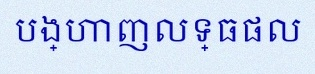
បង្ហាញលទ្ធផល